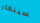
سينهار